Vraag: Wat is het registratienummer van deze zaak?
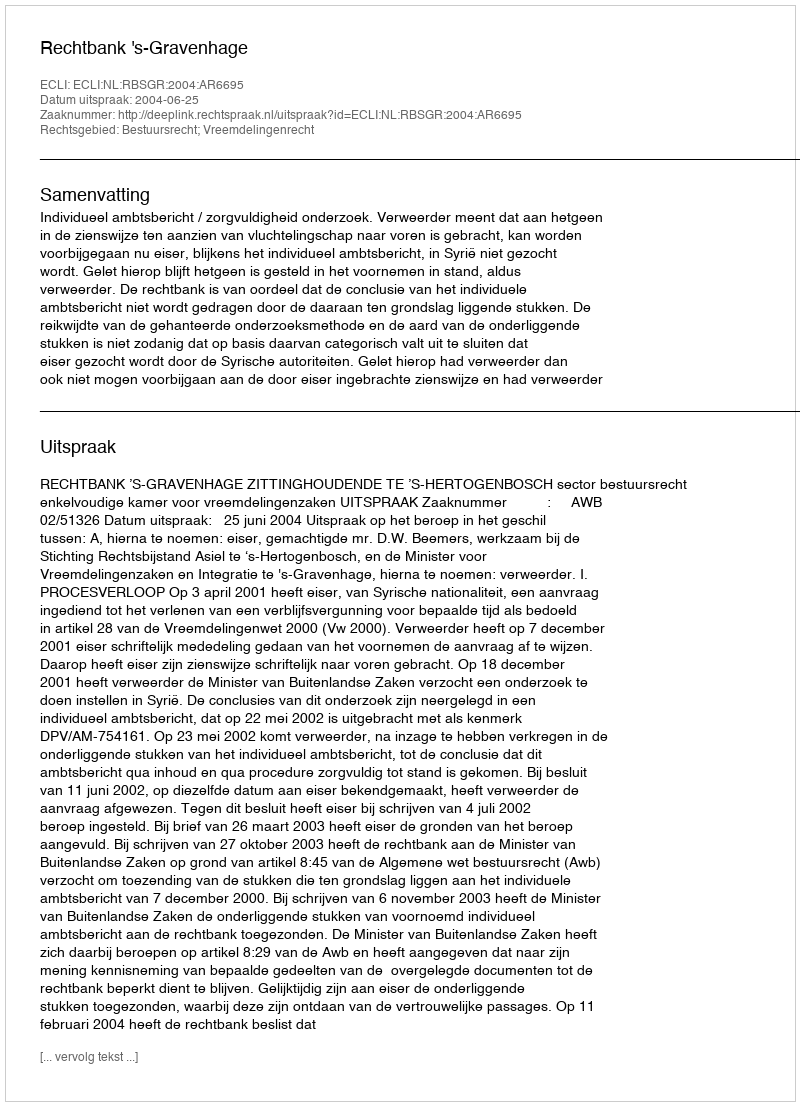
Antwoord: http://deeplink.rechtspraak.nl/uitspraak?id=ECLI:NL:RBSGR:2004:AR6695